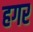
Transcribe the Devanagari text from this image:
हगर